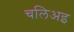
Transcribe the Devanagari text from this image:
चलिअइ